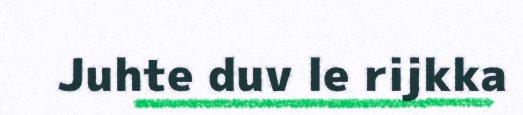
Juhte duv le rijkka